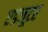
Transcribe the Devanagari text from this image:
एडजूटर